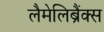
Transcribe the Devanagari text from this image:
लैमेलिब्रैंक्स